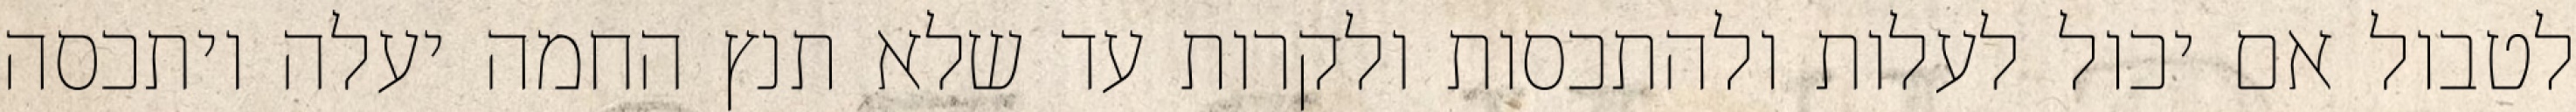
לטבול אם יכול לעלות ולהתכסות ולקרות עד שלא תנץ החמה יעלה ויתכסה